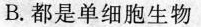
B. 都是单细胞生物